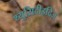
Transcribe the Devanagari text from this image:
थ्युसिदीइदिज